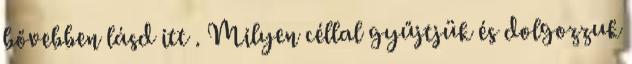
bővebben lásd itt . Milyen céllal gyűjtjük és dolgozzuk